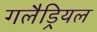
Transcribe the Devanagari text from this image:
गलैड्रियल